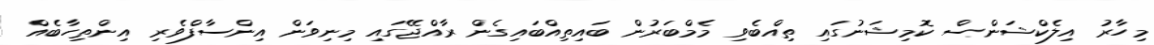
މިހާރު އިލެކްޝަންސް ކޮމިޝަނުގައި ތިއްބެވި މެމްބަރުން ބައިތިއްބައިގެން ރާއްޖޭގައި މިނިވަން އިންސާފްވެރި އިންތިހާބެއް